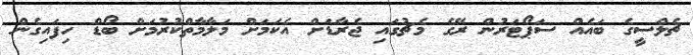
ޗެލްސީގެ ބައެއް ސަޕޯޓަރުން ރޭގެ މެޗުގައި ޖެރާޑަށް އެކަމަށް މަލާމާތްކުރުމަށް ބޯޑް ހިފައިގެން